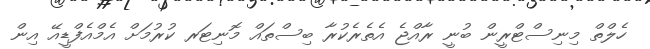
ހެލްތް މިނިސްޓްރީން ބުނީ ރާއްޖެ އެތެރެކުރާ ބިސްތައް މޮނިޓަރ ކުރުމަށް އެމްއެފްޑީއޭ އިން